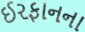
ઈરફાનના